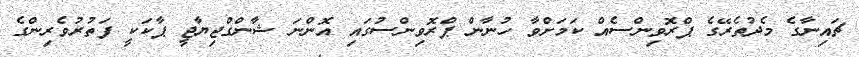
ޗައިނާގެ މެދުތެރޭގެ ޕްރޮވިންސެއް ކަމަށްވާ ހުނާން ޕްރޮވިންސުގައި އޮންނަ ޝާންގްޖިޔާޖީ ޕާކަކީ ފަތުރުވެރިންގެ